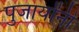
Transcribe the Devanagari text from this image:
पुजार्यांनी